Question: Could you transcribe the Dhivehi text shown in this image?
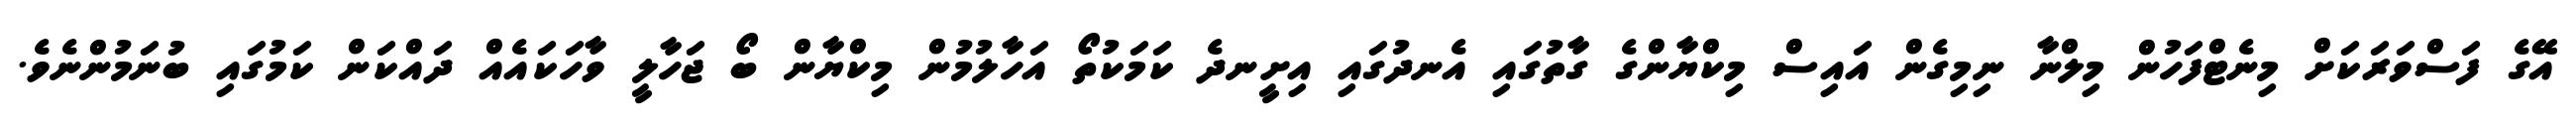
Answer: އޭގެ ފަސްވަރަކަށް މިނެޓްފަހުން މިލްނާ ނިމިގެން އައިސް މިކްޔާންގެ ގާތުގައި އެނދުގައި އިށީނދެ ކަމަކުތޯ އަހާލުމުން މިކްޔާން ބޯ ޖަހާލީ ވާހަކައެއް ދައްކަން ކަމުގައި ބުނަމުންނެވެ.